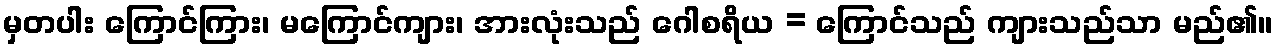
မှတပါး ကြောင်ကြား၊ မကြောင်ကျား၊ အားလုံးသည် ဂေါစရိယ = ကြောင်သည် ကျားသည်သာ မည်၏။